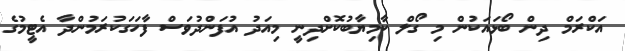
އަކްރަމް ދިން ބޯޅައަކުން މި ގޯލް ކާމިޔާބުކޮށްދިނީ މިއަދު އުފަންދުވަސް ފާހަގަކުރަމުންދާ އެޓީމުގެ